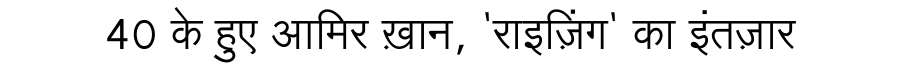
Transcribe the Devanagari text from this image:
40 के हुए आमिर ख़ान, 'राइज़िंग' का इंतज़ार